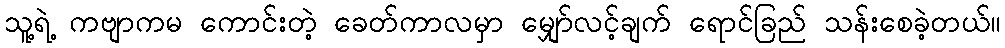
သူ့ရဲ့ ကဗျာကမ ကောင်းတဲ့ ခေတ်ကာလမှာ မျှော်လင့်ချက် ရောင်ခြည် သန်းစေခဲ့တယ်။